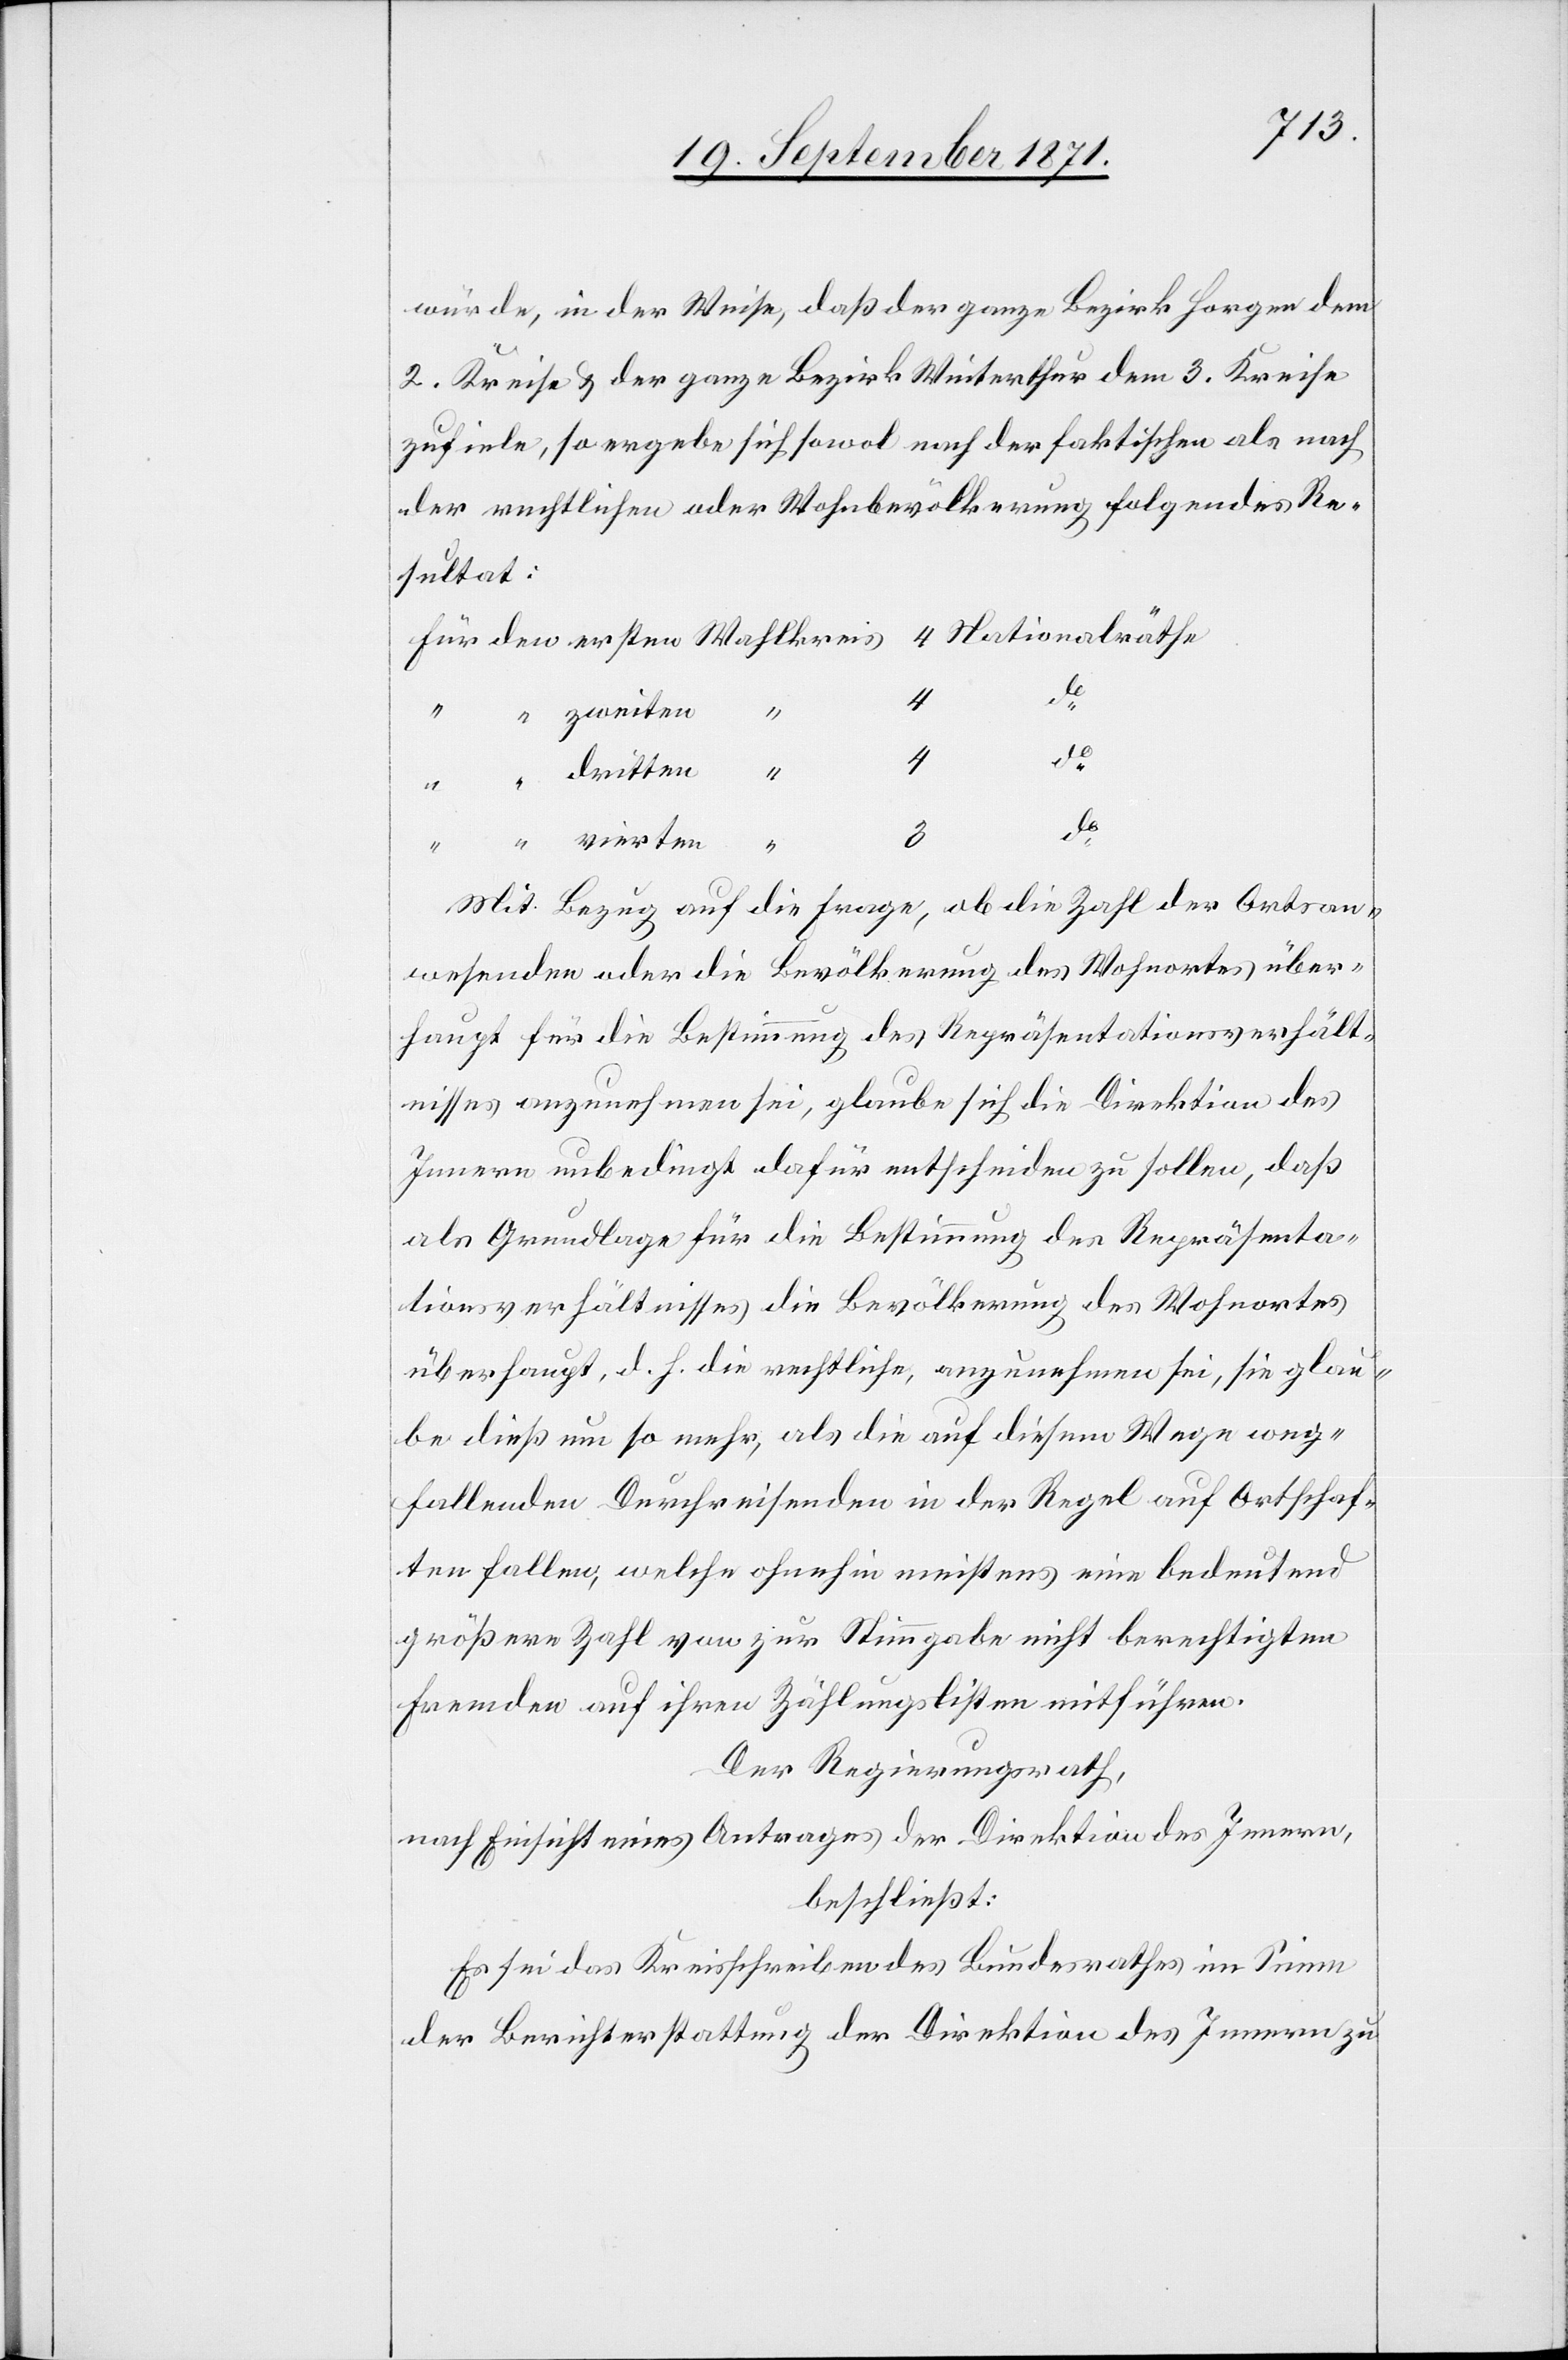
würde, in der Weise, daß der ganze Bezirk Horgen dem
2. Kreise & der ganze Bezirk Winterthur dem 3. Kreise
zufiele, so ergebe sich sowol nach der faktischen als nach
der rechtlichen oder Wohnbevölkerung folgendes Re¬
sultat:
Nati¬
“
“
3
do
4
Mit Bezug auf die Frage, ob die Zahl der Ortsan¬
wesenden oder die Bevölkerung des Wohnortes über¬
haupt für die Bestimmung des Repräsentationsverhält¬
nisses anzunehmen sei, glaube sich die Direktion des
Innern unbedingt dafür entscheiden zu sollen, daß
als Grundlage für die Bestimmung des Repräsenta¬
tionsverhältnisses die Bevölkerung des Wohnortes
überhaupt, d. h. die rechtliche, anzunehmen sei, sie glau¬
be dieß um so mehr, als die auf diesem Wege weg¬
fallenden Durchreisenden in der Regel auf Ortschaf¬
ten fallen, welche ohnehin meistens eine bedeutend
größere Zahl von zur Stimmgabe nicht berechtigten
Fremden auf ihren Zählungslisten mitführen.
Der Regierungsrath,
nach Einsicht eines Antrages der Direktion des Innern,
beschließt:
Es sei das Kreisschreiben des Bundesrathes im Sinne
der Berichterstattung der Direktion des Innern zu